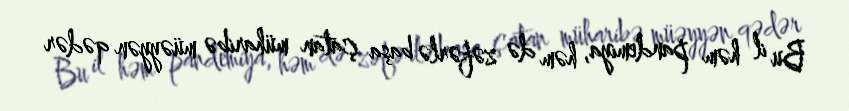
Bu il həm pandemiya, həm də zəfərlə başa çatan müharibə müəyyən qədər